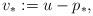
LaTeX: \begin{align*}v_\ast := u - p_{\ast},\end{align*}